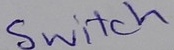
Text: Switch